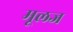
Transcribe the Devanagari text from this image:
मूलज